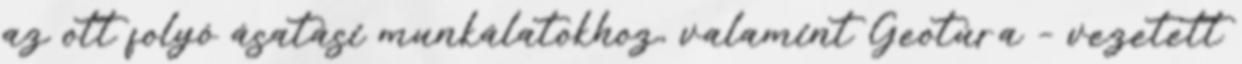
az ott folyó ásatási munkálatokhoz, valamint Geotúra – vezetett